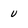
Character: U